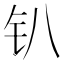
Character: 𫓥